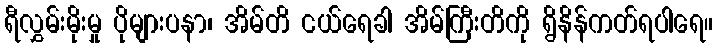
ရီလွှမ်းမိုးမှု ပိုများပနာ၊ အိမ်တိ ငယ်ရေခါ အိမ်ကြီးတိကို ရွိနိန်ကတ်ရပါရေ။